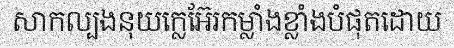
សាកល្បងនុយក្លេអ៊ែរកម្លាំងខ្លាំងបំផុតដោយ